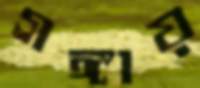
গঙ্গায়